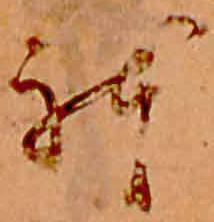
躰